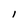
Character: I